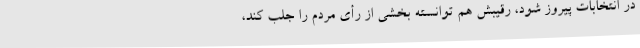
در انتخابات پیروز شود، رقیبش هم توانسته بخشی از رأی مردم را جلب کند،